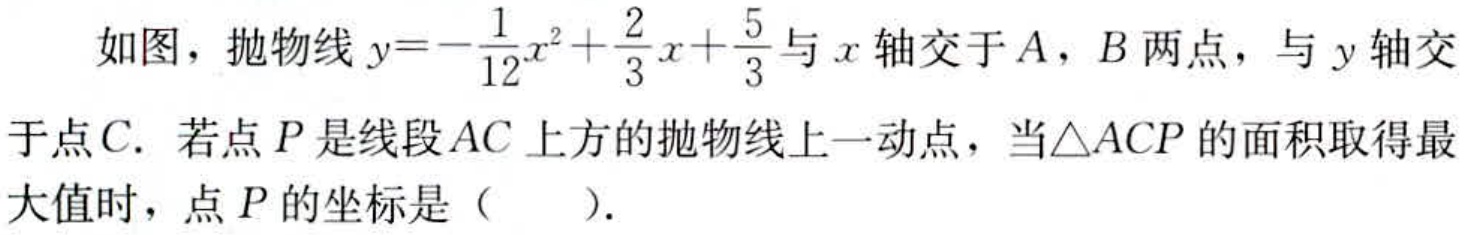
如图，抛物线\(y = -\frac{1}{12}x^{2}+\frac{2}{3}x+\frac{5}{3}\)与\(x\)轴交于\(A\)，\(B\)两点，与\(y\)轴交于点\(C\). 若点\(P\)是线段\(AC\)上方的抛物线上一动点，当\(\triangle ACP\)的面积取得最大值时，点\(P\)的坐标是（  ）.